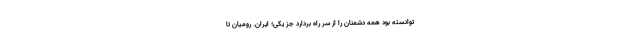
توانسته بود همه دشمنان را از سر راه بردارد جز یکی؛ ایران. رومیان تا